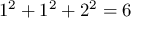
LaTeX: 1 ^ { 2 } + 1 ^ { 2 } + 2 ^ { 2 } = 6